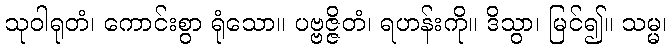
သုဝါရုတံ၊ ကောင်းစွာ ရုံသော။ ပဗ္ဗဇ္ဇိတံ၊ ရဟန်းကို။ ဒိသွာ၊ မြင်၍။ သမ္မ၊